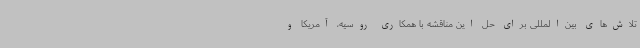
تلاش‌های بین‌المللی برای حل این مناقشه با همکاری روسیه، آمریکا و